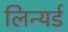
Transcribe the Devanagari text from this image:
लिन्यर्ड